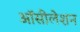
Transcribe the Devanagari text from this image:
ऑसीलेशन